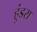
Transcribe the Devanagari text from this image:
हुंडरा